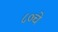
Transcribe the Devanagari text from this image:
८०चे